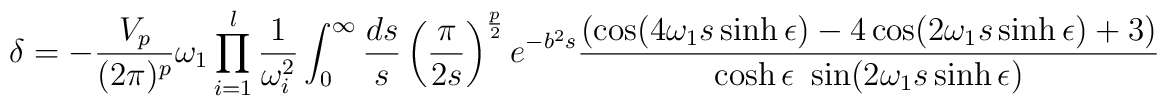
\delta=-\frac{V_p}{(2\pi)^p}\omega_1\prod_{i=1}^{l}\frac{1}{\omega_i^2}        \int_0^{\infty}        \frac{ds}{s}\left ( \frac{\pi}{2s} \right )^{\frac{p}{2}}        e^{-b^2s}\frac{(\cos(4\omega_1s\sinh\epsilon) -        4\cos(2\omega_1s\sinh\epsilon) + 3)}        {\cosh\epsilon~\sin(2\omega_1s\sinh\epsilon)}